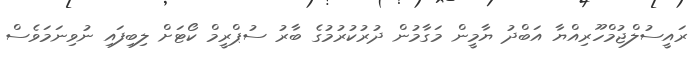
ރައީސުލްޖުމްހޫރިއްޔާ އަބްދު ޔާމީން މަގާމުން ދުރުކުރުމުގެ ބާރު ސުޕްރީމް ކޯޓަށް ލިބިފައި ނުވިނަމަވެސް